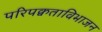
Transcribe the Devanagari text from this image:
परिपक्वताविभाजन